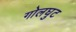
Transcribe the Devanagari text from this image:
गोलघुट